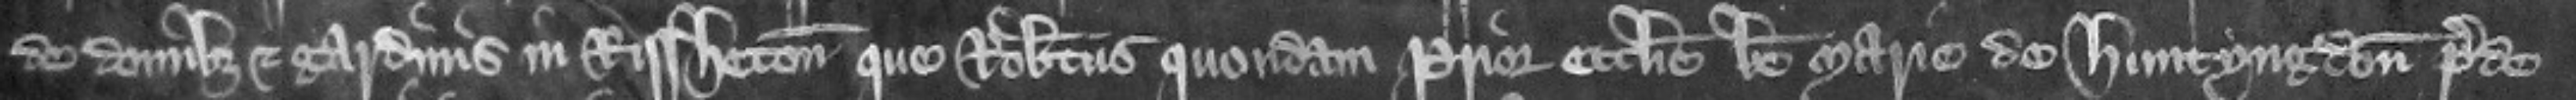
de domibus et gardinis in Rissheton que Robertus quondam prior ecclesie beate Marie de Huntyngdon prede